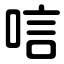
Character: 唁